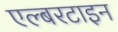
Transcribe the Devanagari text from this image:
एल्बरटाइन